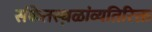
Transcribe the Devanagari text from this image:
संकेतस्थ़ळांव्यतिरिक्त